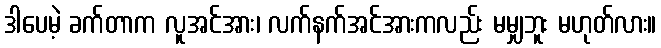
ဒါပေမဲ့ ခက်တာက လူအင်အား၊ လက်နက်အင်အားကလည်း မမျှဘူး မဟုတ်လား။